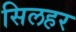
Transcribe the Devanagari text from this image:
सिलहर